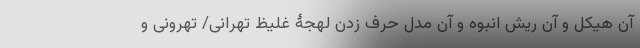
آن هیکل و آن ریش انبوه و آن مدل حرف زدن لهجۀ غلیظ تهرانی/ تهرونی و